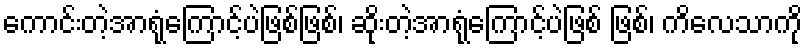
ကောင်းတဲ့အာရုံကြောင့်ပဲဖြစ်ဖြစ်၊ ဆိုးတဲ့အာရုံကြောင့်ပဲဖြစ် ဖြစ်၊ ကိလေသာကို